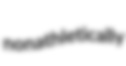
nonathletically